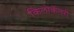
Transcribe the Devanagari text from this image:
किलोकॅलरी